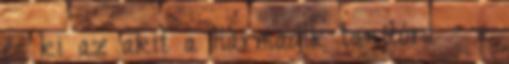
és ki az akit a harmadik tanítóra - a